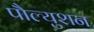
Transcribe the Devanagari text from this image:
पौल्युशन